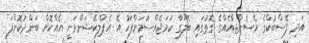
އަދި ފޭސްބުކްގެ މެސެންޖާއެއްގެ ގޮތުގައި ބެލޫގާ ހަމަޖެއްސުމަށްފަހު އެ އެޕްލިކޭޝަންވަނީ އެއްކޮށް ބަންދުކޮށްފަ